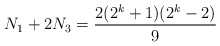
\begin{align*}N_1+2N_3=\frac{2(2^k+1)(2^{k}-2)}{9}\end{align*}